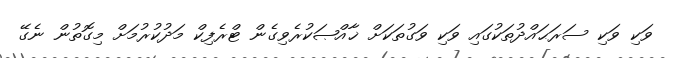
ވަކި ވަކި ސަރަޙައްދުތަކުގައި ވަކި ވަގުތަކަށް ޚާއްޞަކުރެވިގެން ޓްރެފިކް މަދުކުރުމަށް މިގޮތުން ނެގޭ